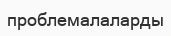
проблемалаларды